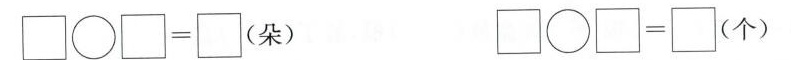
\Box \bigcirc \Box =\Box (朵) \Box\bigcirc \Box =\Box (个)